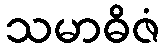
သမာဓိဇံ